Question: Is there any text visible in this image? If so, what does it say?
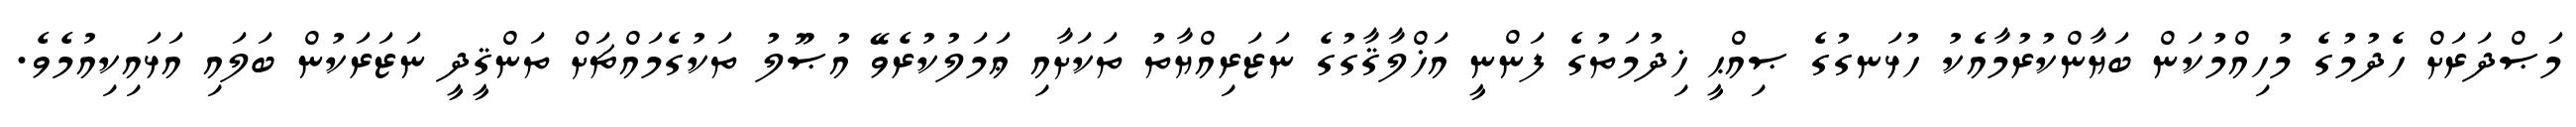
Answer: މަޞްދަރަށް ހެދުމުގެ މުހިއްމުކަން ބަޔާންކުރުމާއެކު ހުޅަނގުގެ ޞިއްޙީ ޚިދުމަތުގެ ފަންނީ އަޚްލާޤާގުގެ ނަޒަރިއްޔާތު ތަކަށާއި ޢަމަލުކުރެވޭ އުޞޫލު ތަކުގެމައްޗަށް ތަންޤީދީ ނަޒަރަކުން ބަލައި އަޅައިކިއުމެވެ.